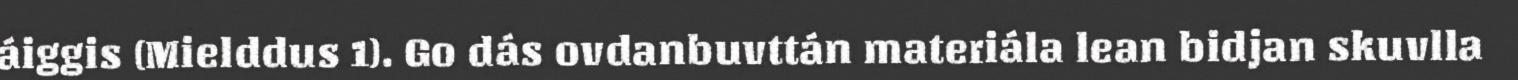
áiggis (Mielddus 1). Go dás ovdanbuvttán materiála lean bidjan skuvlla